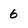
Character: 6